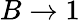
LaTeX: B\to 1